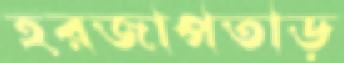
হরজাপতাড়